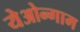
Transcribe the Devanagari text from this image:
येओन्गाम